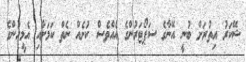
ޝޭކަރު އިތުރަށް ބުނީ އޭނާގެ ސަޕޯޓަރުންގެ އެއްވެސް ކުށެއް ނެތް ކަމަށާއި އެމީހުންގެ